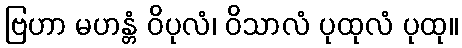
ဗြဟာ မဟန္တံ ဝိပုလံ၊ ဝိသာလံ ပုထုလံ ပုထု။